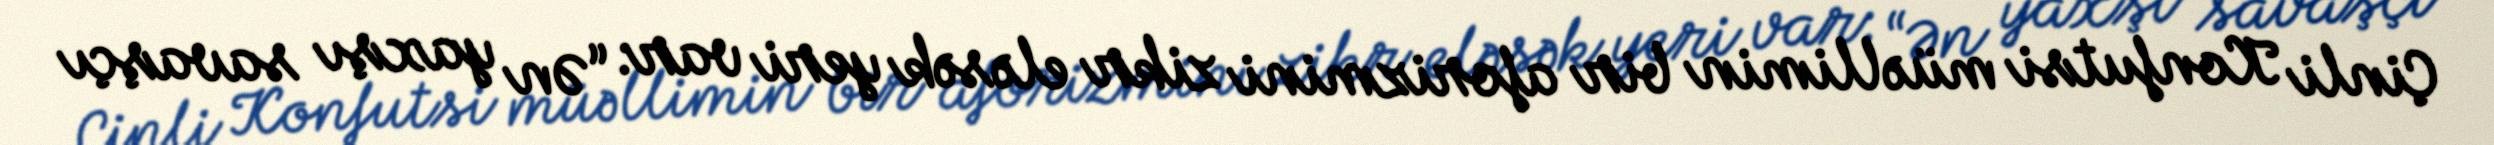
Çinli Konfutsi müəllimin bir aforizmini zikr eləsək yeri var: “Ən yaxşı savaşçı